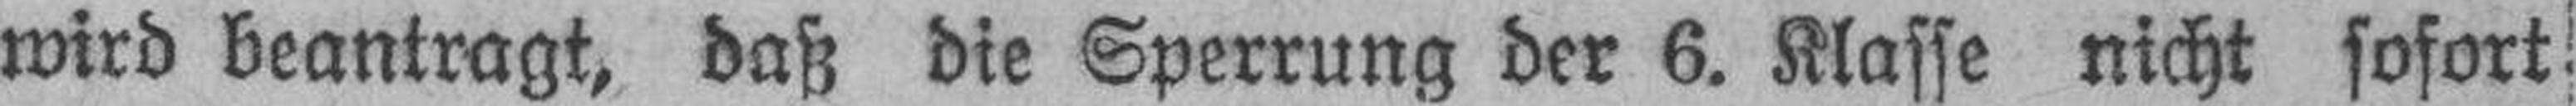
wird beantragt, daß die Sperrung der 6. Klasse nicht sofort